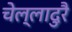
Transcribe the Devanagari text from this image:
चेल्लादुरै